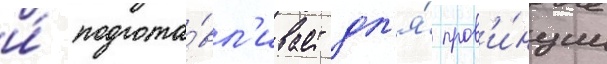
и́ подгота́вл'ивает дл'я́ пров'и́нции